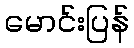
မောင်းပြန်